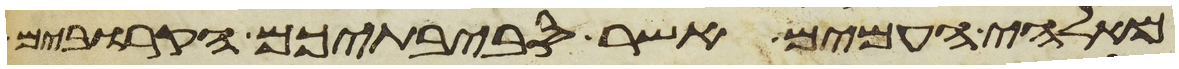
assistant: מאלהי העמים אשר סביבתיכם הקרובים